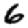
Digit: 6